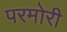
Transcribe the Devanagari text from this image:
परमोरी